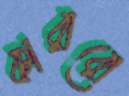
কারারো